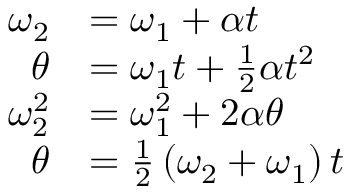
{ \begin{array} { r l } { \omega _ { 2 } } & { = \omega _ { 1 } + \alpha t } \\ { \theta } & { = \omega _ { 1 } t + { \frac { 1 } { 2 } } \alpha t ^ { 2 } } \\ { \omega _ { 2 } ^ { 2 } } & { = \omega _ { 1 } ^ { 2 } + 2 \alpha \theta } \\ { \theta } & { = { \frac { 1 } { 2 } } \left( \omega _ { 2 } + \omega _ { 1 } \right) t } \end{array} }